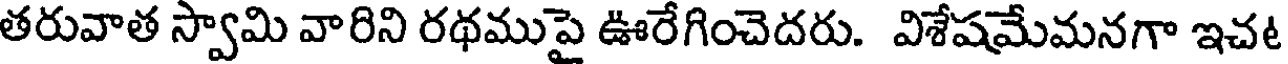
తరువాత స్వామి వారిని రథముపై ఊరేగించెదరు. విశేషమేమనగా ఇచ